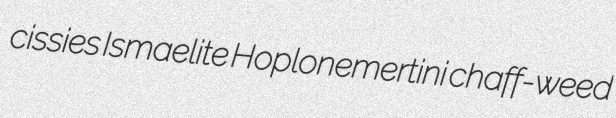
cissies Ismaelite Hoplonemertini chaff-weed